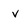
Character: v